Vaccination in Bombay 1902-1912 - 1902-1912
Year: 1902
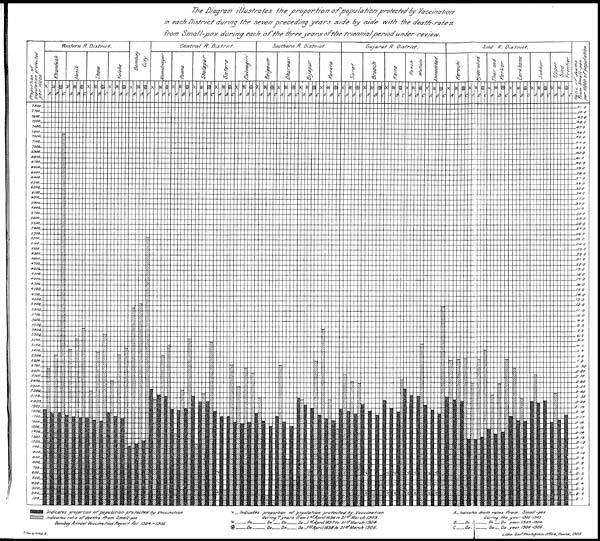
The Diagram illustrates the proportion of population protected by Vaccination
in each District during the seven preceding
years side by side with the
death-rates
from Small-pox during each of the three years of the triennial period under review.